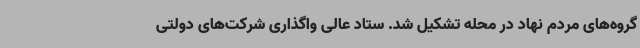
گروه‌های مردم نهاد در محله تشکیل شد. ستاد عالی واگذاری شرکت‌های دولتی